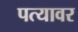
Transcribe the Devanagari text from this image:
पत्‍यावर